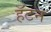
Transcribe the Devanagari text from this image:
हॅटन